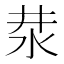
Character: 汬